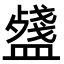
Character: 𥂥